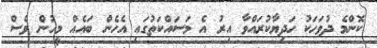
ކޮންމެ ދުވަހަކު ހަދިޔާކުރައްވާ އިރު އެ މަސައްކަަތުގައި އެހެން ބައެއް މީހުން ވެސް